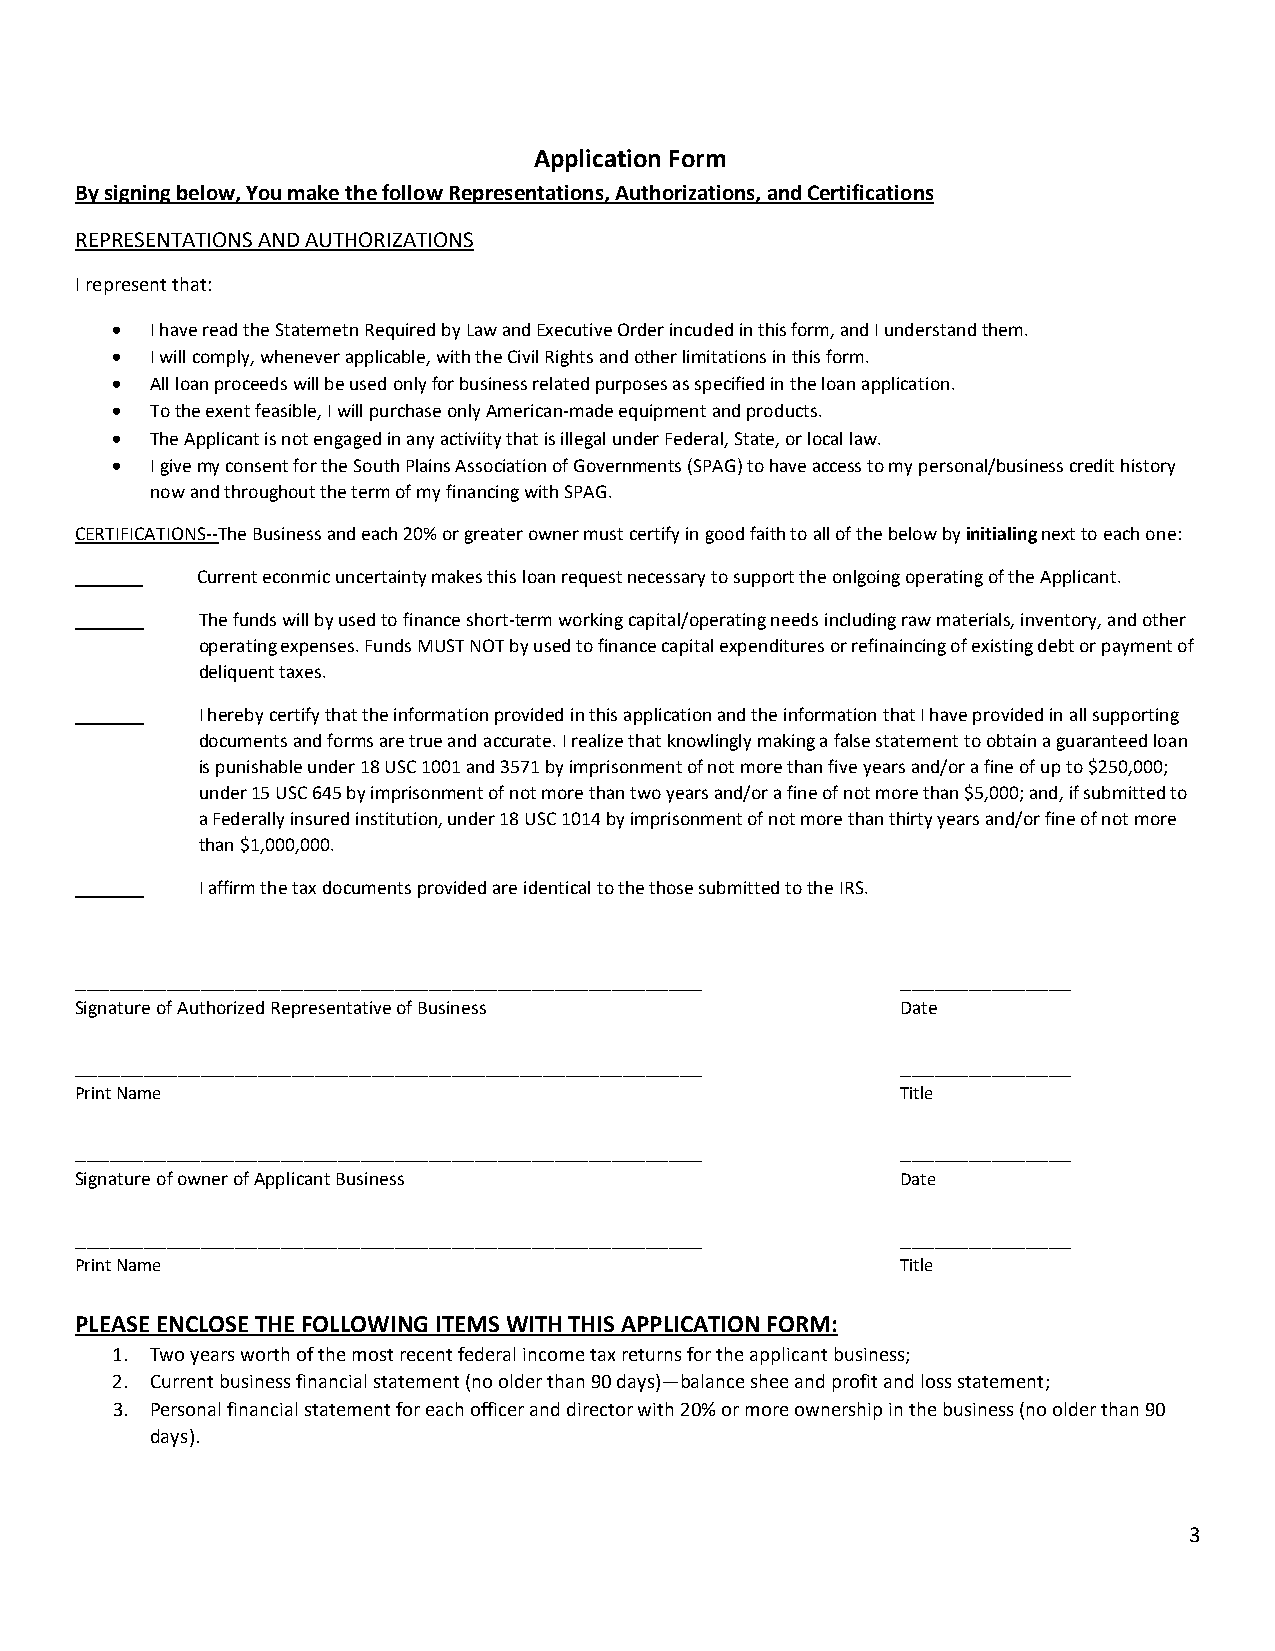
Application Form
 By signing below, You make the follow Representations, Authorizations, and Certifications
 REPRESENTATIONS AND AUTHORIZATIONS
 I represent that:
 •  I have read the Statemetn Required by Law and Executive Order incuded in this form, and I understand them.
 •  I will comply, whenever applicable, with the Civil Rights and other limitations in this form.
 •  All loan proceeds will be used only for business related purposes as specified in the loan application.
 •  To the exent feasible, I will purchase only American-made equipment and products.
 •  The Applicant is not engaged in any activiity that is illegal under Federal, State, or local law.
 •  I give my consent for the South Plains Association of Governments (SPAG) to have access to my personal/business credit history
 now and throughout the term of my financing with SPAG.
 CERTIFICATIONS--The Business and each 20% or greater owner must certify in good faith to all of the below by initialing next to each one:
 _______ Current econmic uncertainty makes this loan request necessary to support the onlgoing operating of the Applicant.
 _______ The funds will by used to finance short-term working capital/operating needs including raw materials, inventory, and other
 operating expenses. Funds MUST NOT by used to finance capital expenditures or refinaincing of existing debt or payment of
 deliquent taxes.
 _______ I hereby certify that the information provided in this application and the information that I have provided in all supporting
 documents and forms are true and accurate. I realize that knowlingly making a false statement to obtain a guaranteed loan
 is punishable under 18 USC 1001 and 3571 by imprisonment of not more than five years and/or a fine of up to $250,000;
 under 15 USC 645 by imprisonment of not more than two years and/or a fine of not more than $5,000; and, if submitted to
 a Federally insured institution, under 18 USC 1014 by imprisonment of not more than thirty years and/or fine of not more
 than $1,000,000.
 _______ I affirm the tax documents provided are identical to the those submitted to the IRS.
 _______________________________________________________ _______________
 Signature of Authorized Representative of Business     Date
 _______________________________________________________ _______________
 Print Name                                             Title
 _______________________________________________________ _______________
 Signature of owner of Applicant Business               Date
 _______________________________________________________ _______________
 Print Name                                             Title
 PLEASE ENCLOSE THE FOLLOWING ITEMS WITH THIS APPLICATION FORM:
 1. Two years worth of the most recent federal income tax returns for the applicant business;
 2. Current business financial statement (no older than 90 days)—balance shee and profit and loss statement;
 3. Personal financial statement for each officer and director with 20% or more ownership in the business (no older than 90
 days).
 3